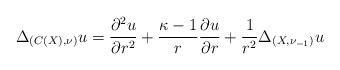
LaTeX: \begin{align*}\Delta_{(C(X), \nu)} u= \frac{\partial^2 u}{\partial r^2}+ \frac{\kappa- 1}{r}\frac{\partial u}{\partial r}+ \frac{1}{r^2}\Delta_{(X, \nu_{-1})} u \end{align*}